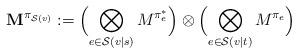
LaTeX: \begin{align*}\mathbf{M}^{\pi_{\mathcal{S}(v)}}:=\Bigl(\bigotimes_{e\in\mathcal{S}(v|s)}M^{\pi_e^*}\Bigr)\otimes\Bigl(\bigotimes_{e\in\mathcal{S}(v|t)}M^{\pi_e}\Bigr)\end{align*}